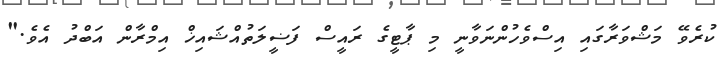
ކުރެވޭ މަޝްވަރާގައި އިސްވެހުންނަވާނީ މި ޕާޓީގެ ރައީސް ފަޟީލަތުއްޝައިޚް އިމްރާން އަބްދު އެވެ."